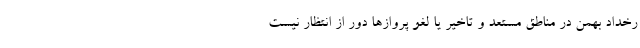
رخداد بهمن در مناطق مستعد و تاخیر یا لغو پروازها دور از انتظار نیست